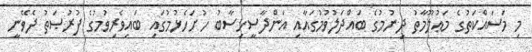
މި މަސައްކަތުގެ މަޢުލޫމާތު ދިނުމުގެ ބައްދަލުވުމުގައާއި އަންދާސީހިސާބު ހުށަހެޅުމުގައި ބައިވެރިވުމުގެ ފުރުޞަތު ދެވޭނީ